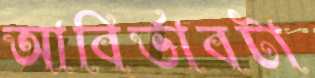
আবির্ভাবটা